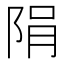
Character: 䧎